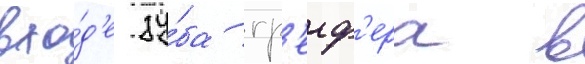
вхо́д'е зу́ба гр'еиф'ера в